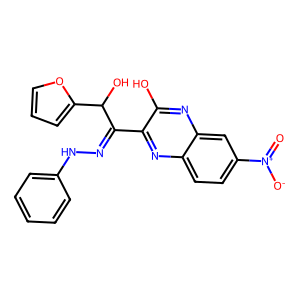
SMILES: O=[N+]([O-])c1ccc2nc(C(=NNc3ccccc3)C(O)c3ccco3)c(O)nc2c1
Inhibits HIV replication: No